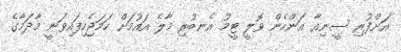
އަށްފުރި ސީނިއާ އަންހެން ވޮލީ ޓީމު އެނބުރި މާލެ އައުމަށް ހަމަޖެހިފައިވަނީ މާދަމާގެ